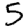
Digit: 5